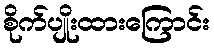
စိုက်ပျိုးထားကြောင်း